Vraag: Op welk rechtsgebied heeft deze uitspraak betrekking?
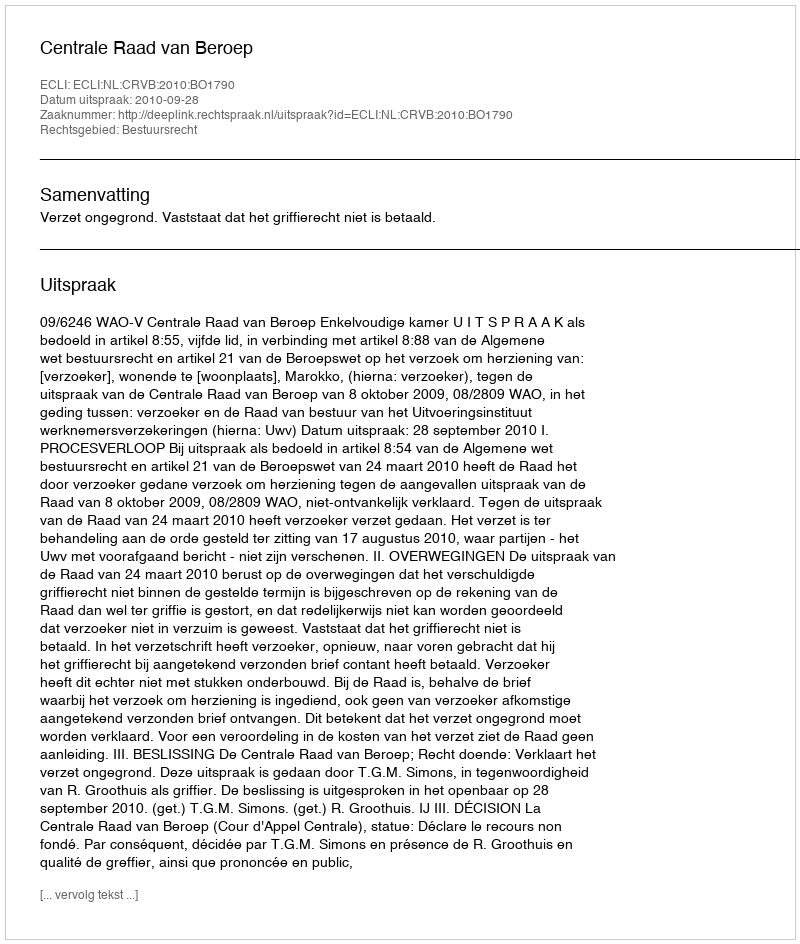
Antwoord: Bestuursrecht